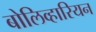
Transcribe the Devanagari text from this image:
बोलिव्हारियन